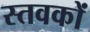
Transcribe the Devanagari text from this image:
स्तवकों